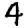
Digit: 4